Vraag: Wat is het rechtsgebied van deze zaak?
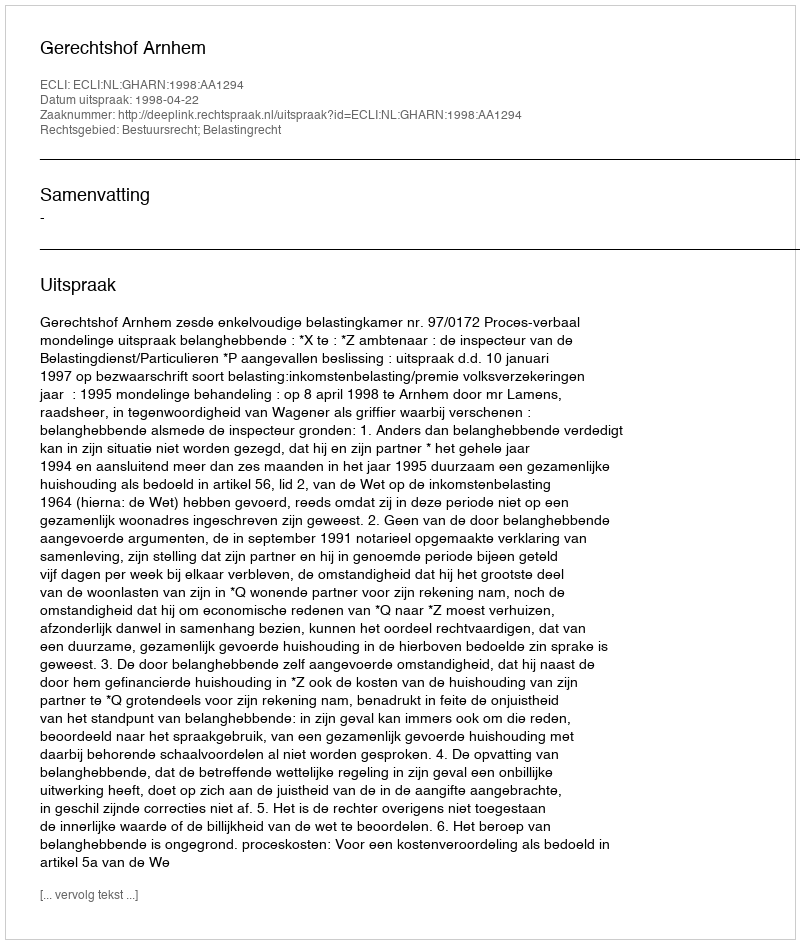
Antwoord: Bestuursrecht; Belastingrecht